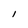
Character: l